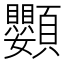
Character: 𩖍